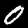
Digit: 0